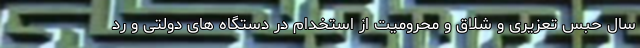
سال حبس تعزیری و شلاق و محرومیت از استخدام در دستگاه های دولتی و رد